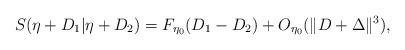
LaTeX: \begin{align*}S(\eta+D_1|\eta+D_2) = F_{\eta_0}(D_1-D_2) + O_{\eta_0}(\|D+\Delta\|^3),\end{align*}